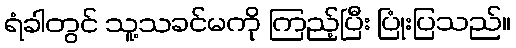
ရံခါတွင် သူ့သခင်မကို ကြည့်ပြီး ပြုံးပြသည်။